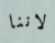
لاننا